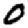
Digit: 0